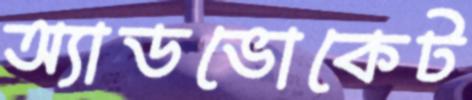
অ্যাডভোকেট